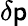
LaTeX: \delta\mathsf{p}